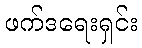
ဖက်ဒရေးရှင်း